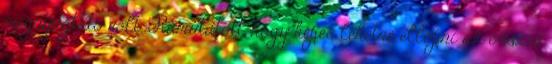
megnyugtató volt. Rámutatott, hogy képes lehetne ellopni az összes